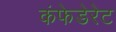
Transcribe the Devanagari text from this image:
कंफेडेरेट